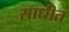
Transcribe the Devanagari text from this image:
साधीत